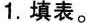
1.填表。